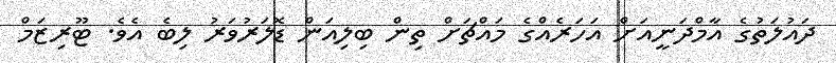
ދައުލަތުގެ އާމްދަނީއަށް އަހަރެއްގެ މައްޗަށް ތިން ބިލިއަން ޑޮލަރުވަރު ލިބެ އެވެ. ޓޫރިޒަމް